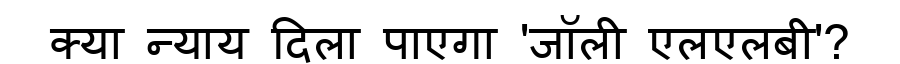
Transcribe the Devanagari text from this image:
क्या न्याय दिला पाएगा 'जॉली एलएलबी'?